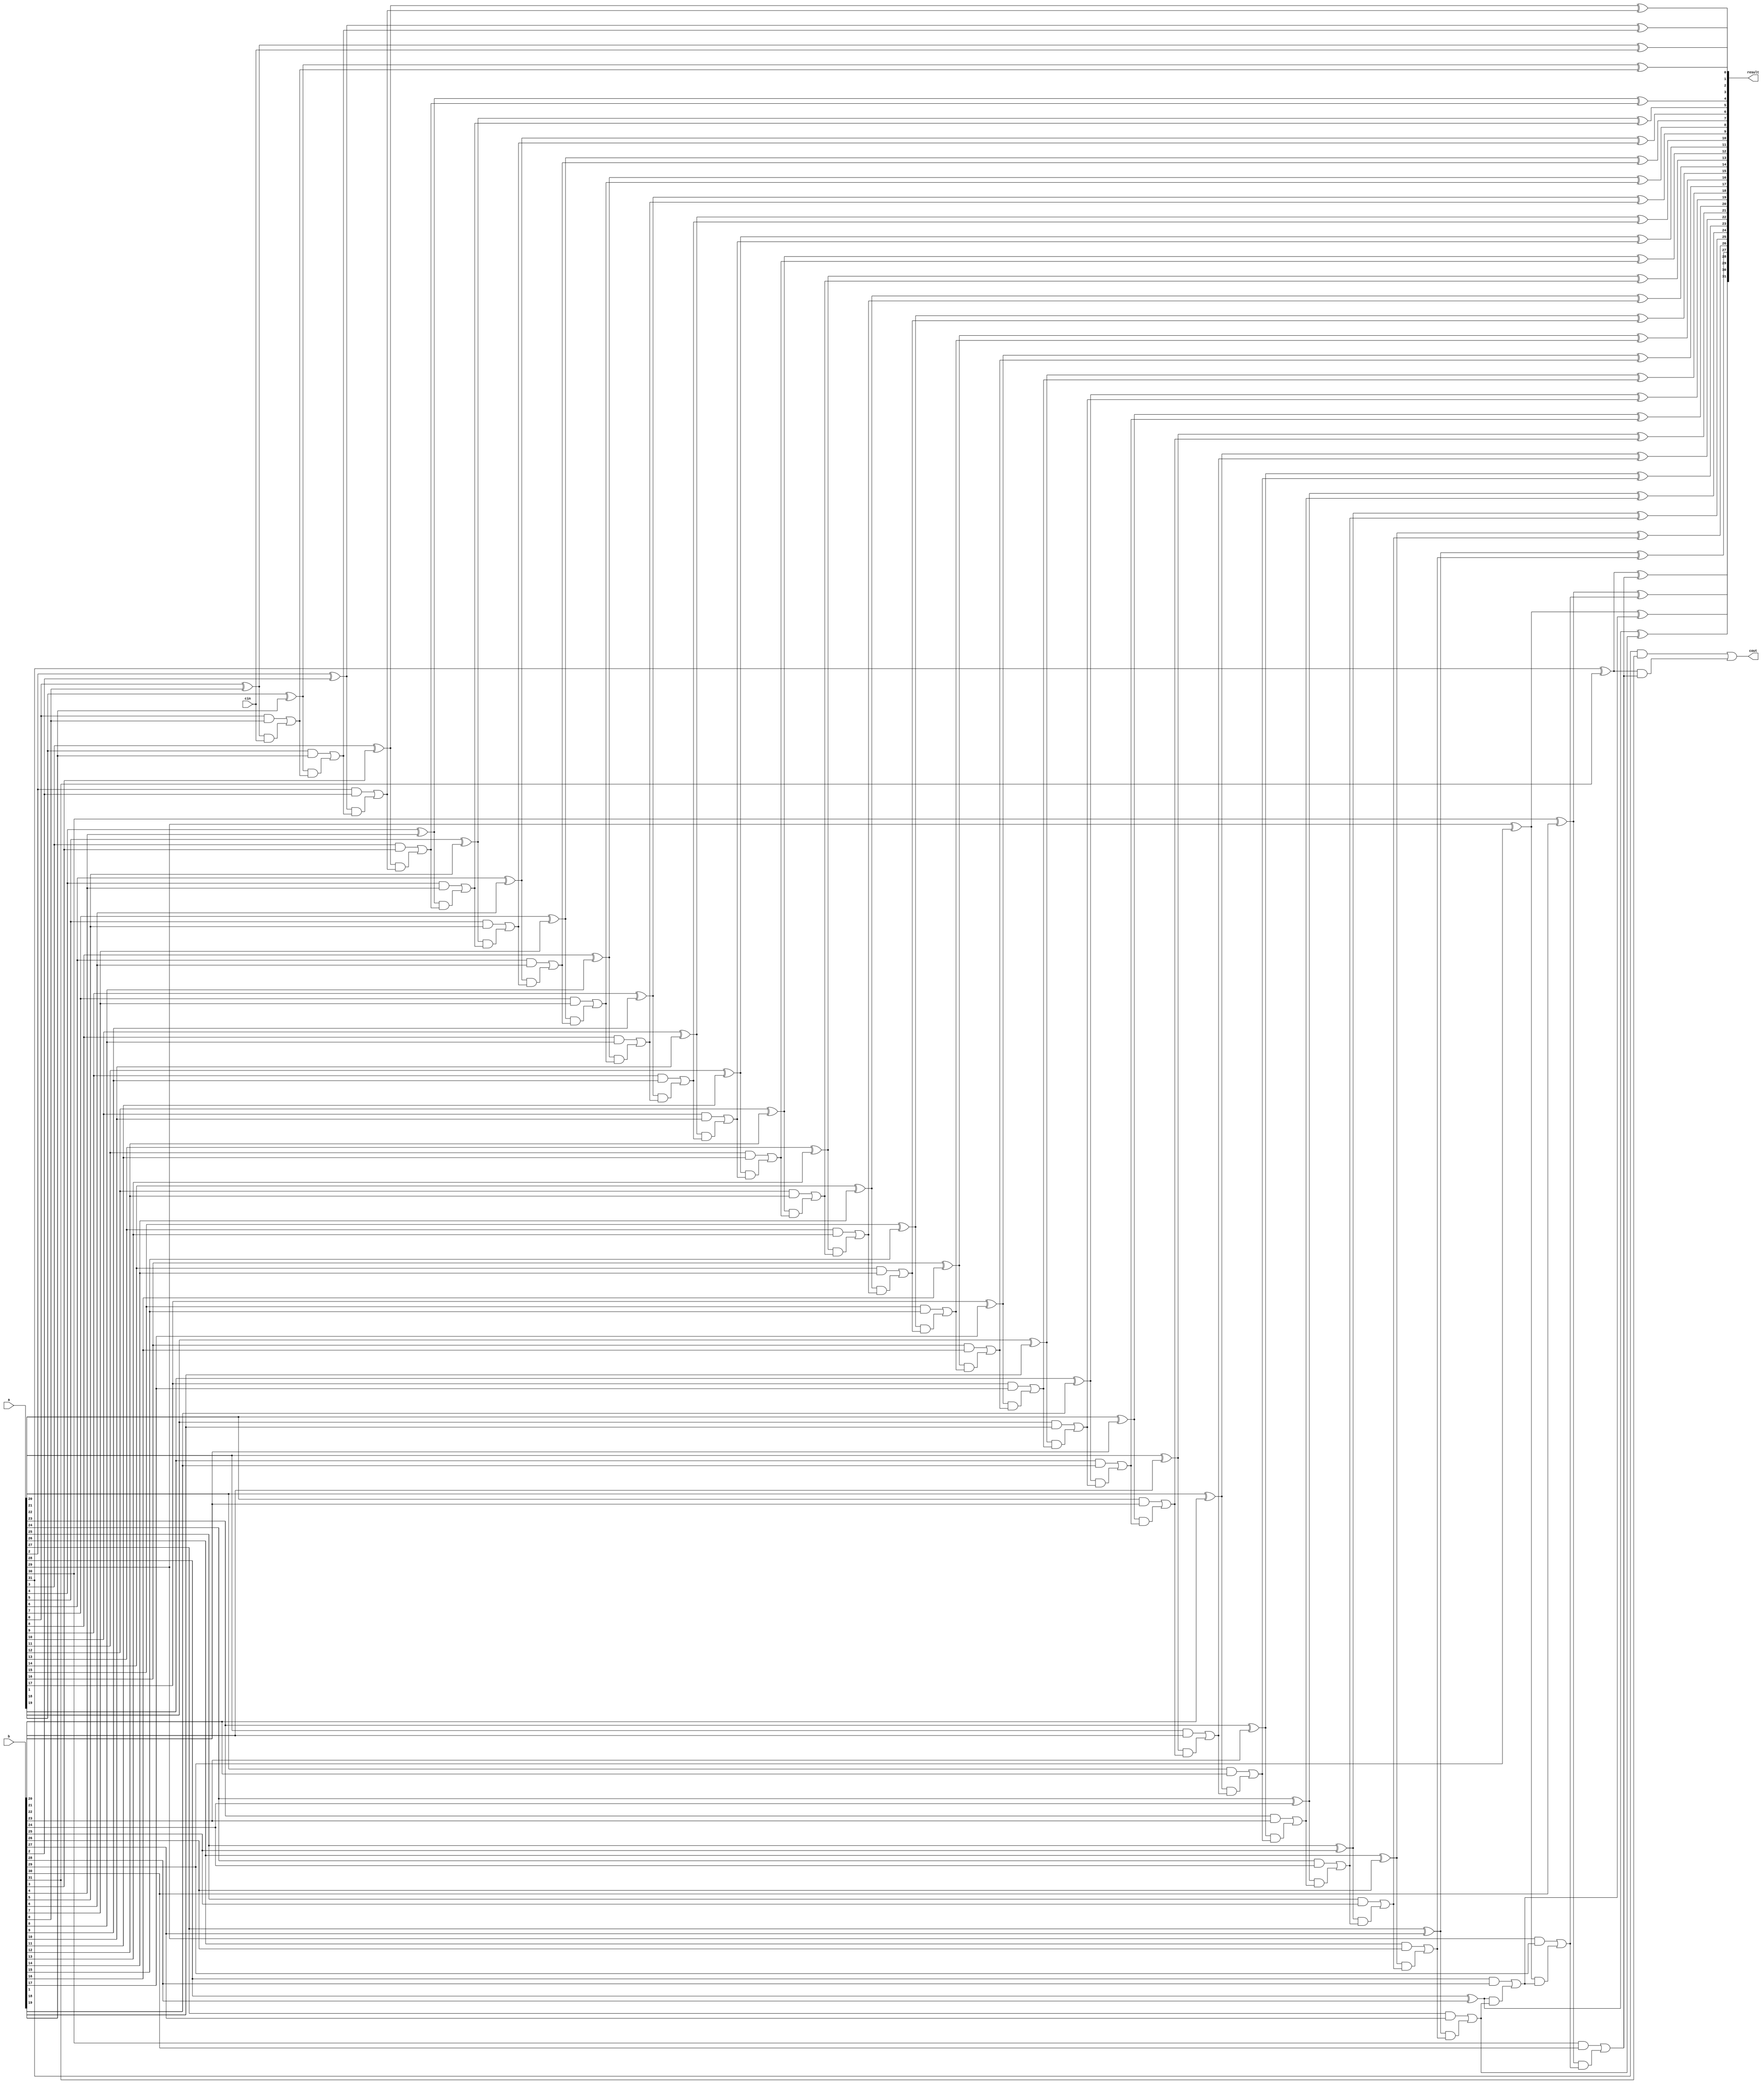
module carryLookAheadAdder (
    input wire [31:0] a,
    input wire [31:0] b,
    input wire cin,
    output wire [31:0] result,
    output wire cout

);
    
reg [31:0] P;
reg [31:0] G;
reg [32:0] C;
reg [31:0] tempSum;
integer i;

always @(*) begin
    C[0]=cin;
    for (i = 0;i<=31 ;i=i+1 ) begin
        P[i]=a[i] ^ b[i];
        G[i]=a[i] & b[i];
        tempSum[i]= P[i]^C[i];
        C[i+1]=G[i] | P[i]&C[i];
    end

end
assign result=tempSum;
assign cout=C[32];


endmodule